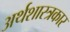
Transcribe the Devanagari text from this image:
अर्थशास्त्रकार